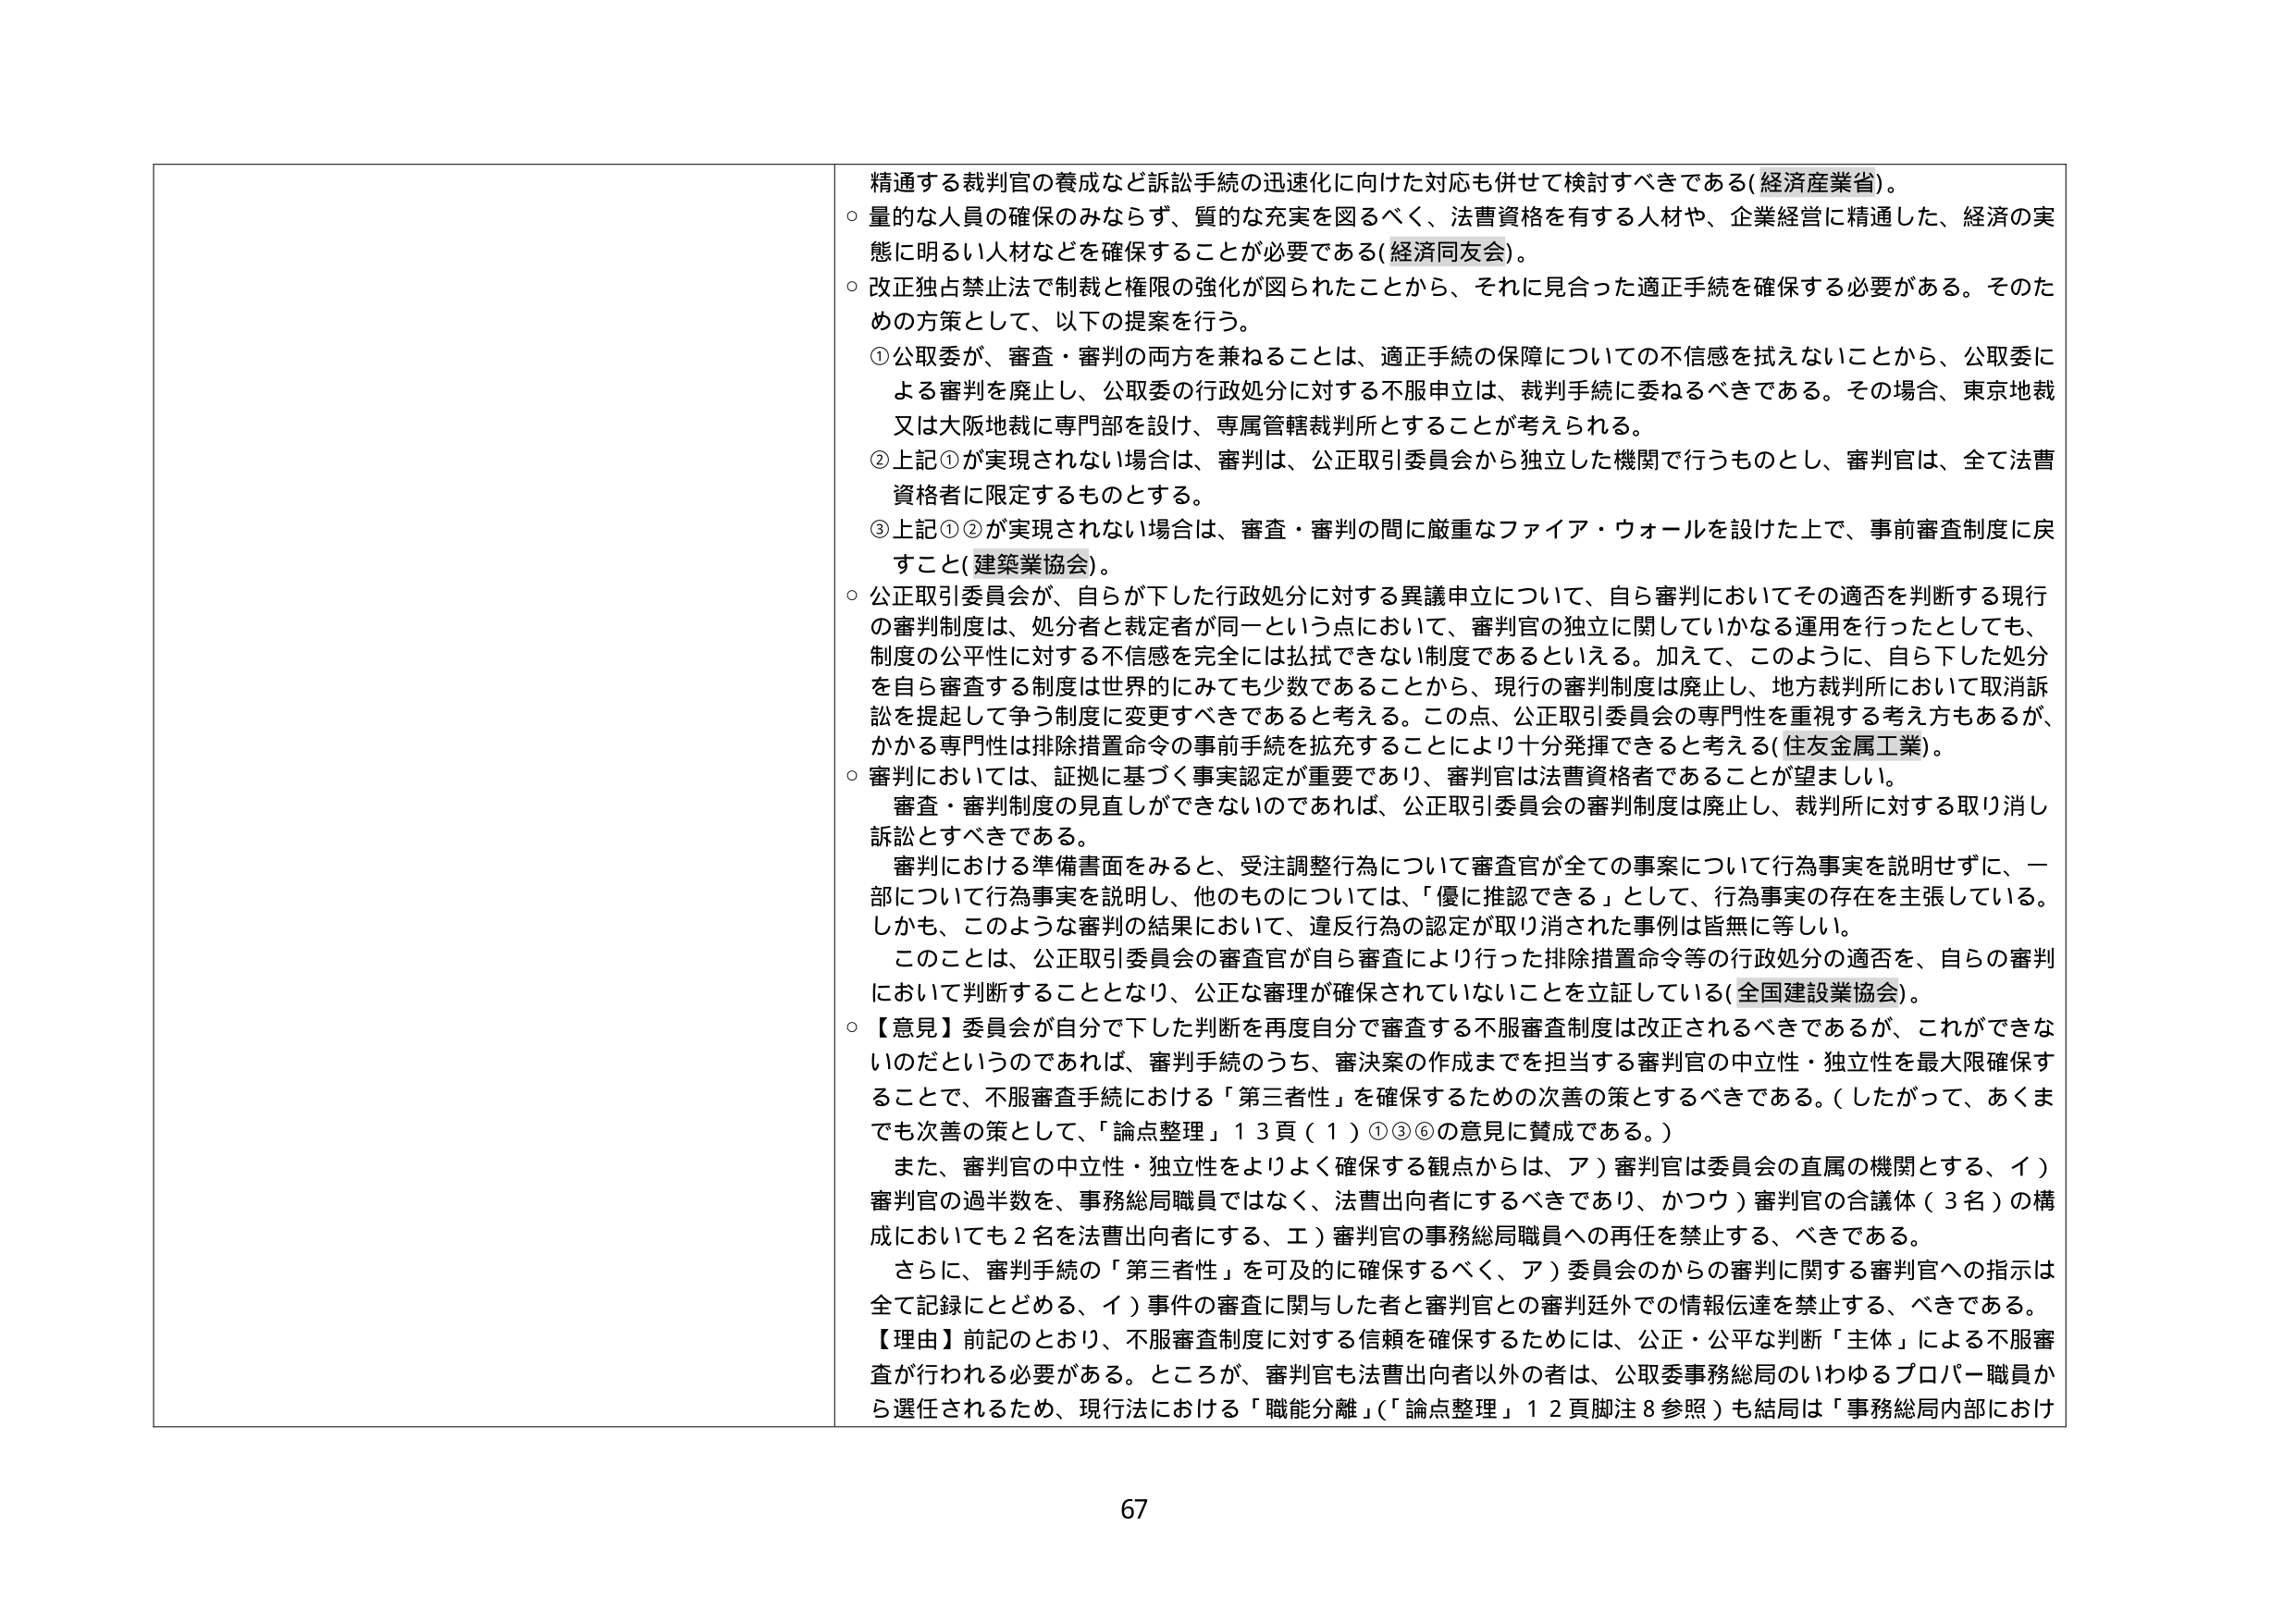
精通する裁判官の養成など訴訟手続の迅速化に向けた対応も併せて検討すべきである（経済産業省）。
○ 量的な人員の確保のみならず、質的な充実を図るべく、法曹資格を有する人材や、企業経営に精通した、経済の実態に明るい人材などを確保することが必要である（経済同友会）。
○ 改正独占禁止法で制裁と権限の強化が図られたことから、それに見合った適正手続を確保する必要がある。そのための方策として、以下の提案を行う。
① 公取委が、審査・審判の両方を兼ねることは、適正手続の保障についての不信感を拭えないことから、公取委による審判を廃止し、公取委の行政処分に対する不服申立は、裁判手続に委ねるべきである。その場合、東京地裁又は大阪地裁に専門部を設け、専属管轄裁判所とすることが考えられる。
② 上記①が実現されない場合は、審判は、公正取引委員会から独立した機関で行うものとし、審判官は、全て法曹資格者に限定するものとする。
③ 上記①②が実現されない場合は、審査・審判の間に厳重なファイア・ウォールを設けた上で、事前審査制度に戻すこと（建築業協会）。
○ 公正取引委員会が、自らが下した行政処分に対する異議申立について、自ら審判においてその適否を判断する現行の審判制度は、処分者と裁定者が同一という点において、審判官の独立に関していかなる運用を行ったとしても、制度の公平性に対する不信感を完全には拭拭できない制度であるといえる。加えて、このように、自ら下した処分を自ら審査する制度は世界的にみても少数であることから、現行の審判制度は廃止し、地方裁判所において取消訴訟を提起して争う制度に変更すべきであると考える。この点、公正取引委員会の専門性を重視する考え方もあれば、かかる専門性は排除措置命令の事前手続を拡充することにより十分発揮できると考える（住友金属工業）。
○ 審判においては、証拠に基づく事実認定が重要であり、審判官は法曹資格者であることが望ましい。
審査・審判制度の見直しができないのであれば、公正取引委員会の審判制度は廃止し、裁判所に対する取り消し訴訟とすべきである。
審判における準備書面をみると、受注調整行為について審査官が全ての事案について行為事実を説明せずに、一部について行為事実を説明し、他のものについては、「侵して推認できる」として、行為事実の存在を主張している。しかも、このような審判の結果において、違反行為の認定が取り消された事例は皆無に等しい。
このことは、公正取引委員会の審査官が自ら審査により行った排除措置命令等の行政処分の適否を、自らの審判において判断することとなり、公正な審理が確保されていないことを立証している（全国建設業協会）。
○ 【意見】委員会が自分で下した判断を再度自分で審査する不服審査制度は改正されるべきであるが、これができな いのだというのであれば、審判手続のうち、審決案の作成までを担当する審判官の中立性・独立性を最大限確保することで、不服審査手続における「第三者性」を確保するための次善の策とするべきである。（したがって、あくまでも次善の策として、「論点整理」１３頁（１）①③⑥の意見に賛成である。）
また、審判官の中立性・独立性をよりよく確保する観点からは、ア）審判官は委員会の直属の機関とする、イ）審判官の過半数を、事務総局職員ではなく、法曹出向者にするべきであり、かつウ）審判官の合議体（３名）の構成においても２名を法曹出向者にする、エ）審判官の事務総局職員への再任を禁止する、べきである。
さらに、審判手続の「第三者性」を可及的に確保するべく、ア）委員会のからの審判に関する審判官への指示は全て記録にとどめる、イ）事件の審査に関与した者と審判官との審判廷外での情報伝達を禁止する、べきである。
【理由】前記のとおり、不服審査制度に対する信頼を確保するためには、公正・公平な判断「主体」による不服審査が行われる必要がある。ところが、審判官も法曹出向者以外の者は、公取委事務総局のいわゆるプロパー職員から選任されるため、現行法における「職能分離」（「論点整理」１２頁脚注８参照）も結局は「事務総局内部におけ

67